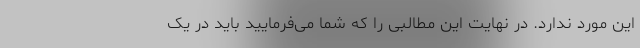
این مورد ندارد. در نهایت این مطالبی را که شما می‌فرمایید باید در یک